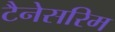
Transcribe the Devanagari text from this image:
टैनेसरिम